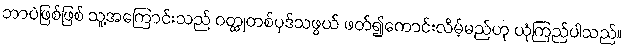
ဘာပဲဖြစ်ဖြစ် သူ့အကြောင်းသည် ဝတ္ထုတစ်ပုဒ်သဖွယ် ဖတ်၍ကောင်းလိမ့်မည်ဟု ယုံကြည်ပါသည်။